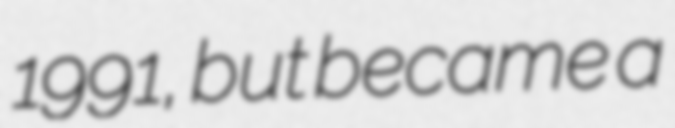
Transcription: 1991, but became a